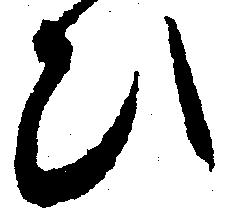
ひ